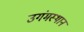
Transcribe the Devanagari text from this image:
उगंमस्थान